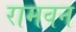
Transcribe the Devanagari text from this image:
रामवन